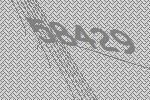
58429